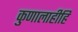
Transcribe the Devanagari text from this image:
कुणालाहीहि